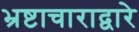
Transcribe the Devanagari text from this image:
भ्रष्टाचाराद्वारे